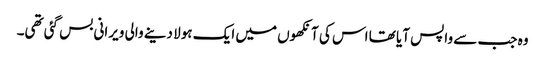
وہ جب سے واپس آیا تھا اس کی آنکھوں میں ایک ہولا دینے والی ویرانی بس گئی تھی۔